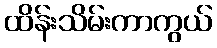
ထိန်းသိမ်းကာကွယ်